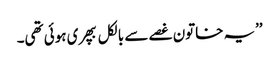
’’یہ خاتون غصے سے بالکل بپھری ہوئی تھی۔